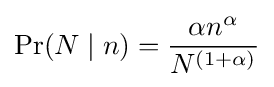
\Pr(N\mid n)={\frac {{\alpha }n^{\alpha }}{N^{(1+\alpha )}}}